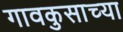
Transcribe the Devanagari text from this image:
गावकुसाच्या